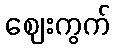
ဈေးကွက်